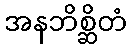
အနဘိစ္ဆိတံ